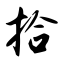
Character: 拾